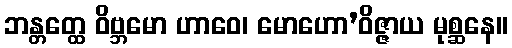
ဘန္တတ္ထေ ဝိဗ္ဘမော ဟာဝေ၊ မောဟော’ဝိဇ္ဇာယ မုစ္ဆနေ။